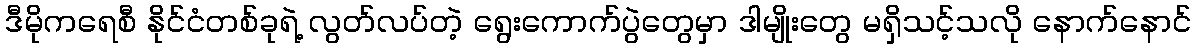
ဒီမိုကရေစီ နိုင်ငံတစ်ခုရဲ့ လွတ်လပ်တဲ့ ရွေးကောက်ပွဲတွေမှာ ဒါမျိုးတွေ မရှိသင့်သလို နောက်နောင်